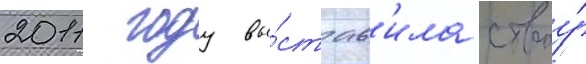
2011 году вы́став'ила своу́